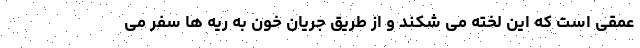
عمقی است که این لخته می شکند و از طریق جریان خون به ریه ها سفر می